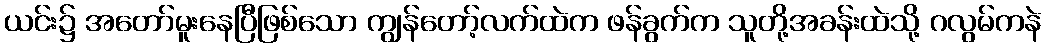
ယင်း၌ အတော်မူးနေပြီဖြစ်သော ကျွန်တော့်လက်ထဲက ဖန်ခွက်က သူတို့အခန်းထဲသို့ ဂလွမ်ကနဲ